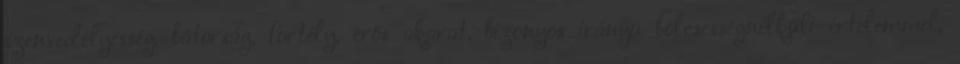
szenvedélyesség, bátorság, fortély, erős akarat, bizonyos irányú bölcsességnélküli értelemmel,